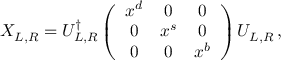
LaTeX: X _ { L , R } = U _ { L , R } ^ { \dagger } \left( \begin{array} { c c c } { { x ^ { d } } } & { { 0 } } & { { 0 } } \\ { { 0 } } & { { x ^ { s } } } & { { 0 } } \\ { { 0 } } & { { 0 } } & { { x ^ { b } } } \end{array} \right) U _ { L , R } \, ,